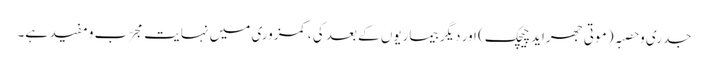
جدری و حصبہ ( موتی جھراید چیچک) اور دیگر بیماریوں کے بعد کی ،کمزوری میں نہایت مجرّب و مفید ہے۔